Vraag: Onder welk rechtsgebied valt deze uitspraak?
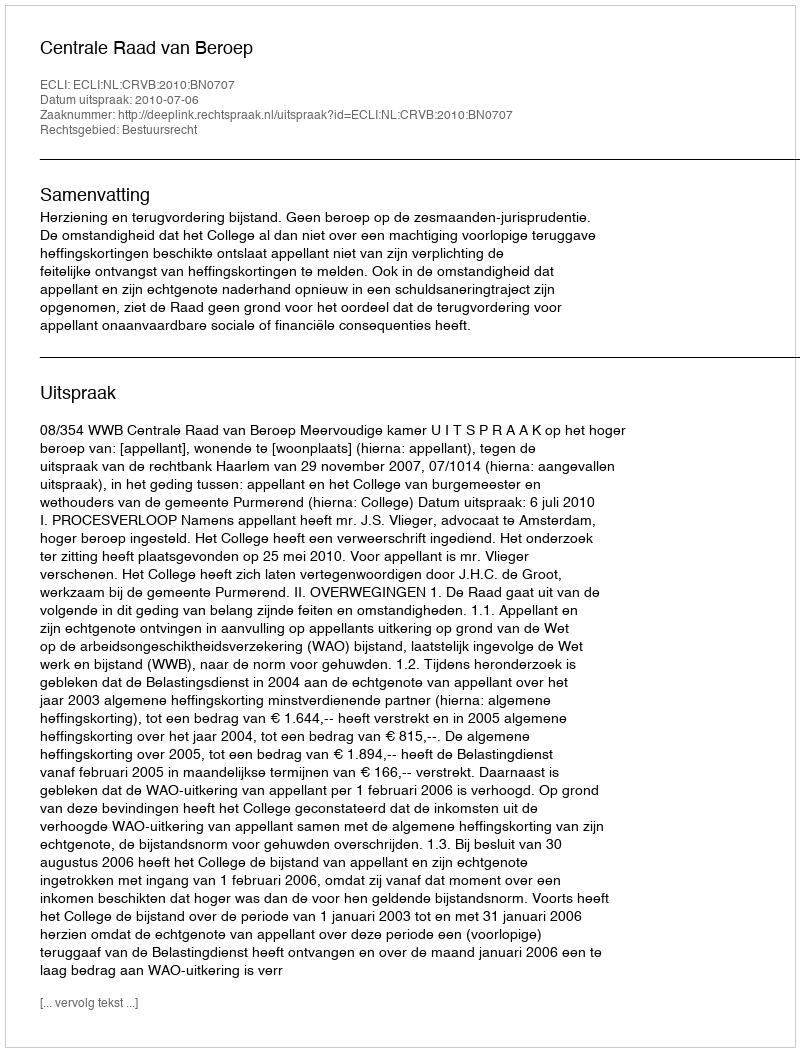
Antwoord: Bestuursrecht